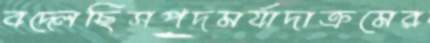
বদ্‌লেছিসপদমর্যাদাক্রমের